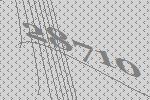
28710